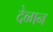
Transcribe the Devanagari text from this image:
देव्गन